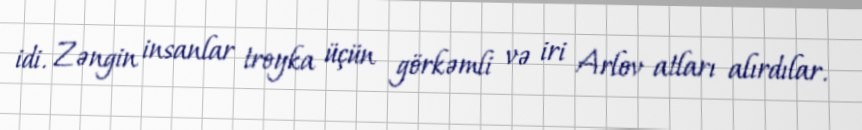
idi. Zəngin insanlar troyka üçün görkəmli və iri Arlov atları alırdılar.